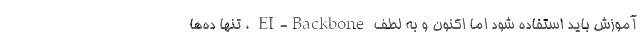
آموزش باید استفاده شود اما اکنون و به لطف EI-Backbone ، تنها ده‌ها